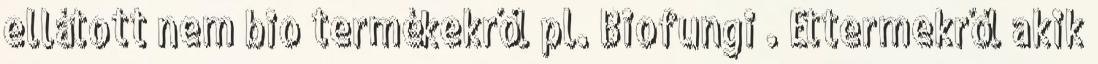
ellátott nem bio termékekről pl. Biofungi . Éttermekről akik